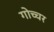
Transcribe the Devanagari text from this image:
गोच्चर